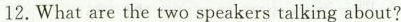
12.What are the two speakers talking about?